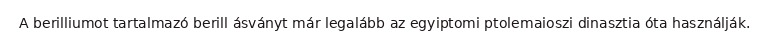
A berilliumot tartalmazó berill ásványt már legalább az egyiptomi ptolemaioszi dinasztia óta használják.